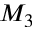
M _ { 3 }